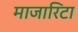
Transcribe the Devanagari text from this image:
माजारिटा